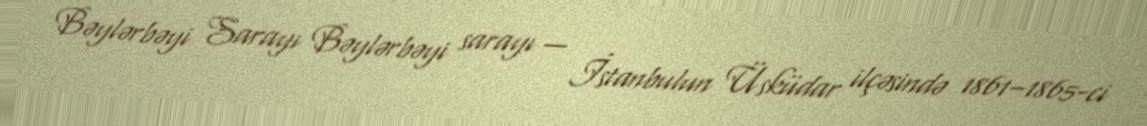
Bəylərbəyi Sarayı Bəylərbəyi sarayı — İstanbulun Üsküdar ilçəsində 1861–1865-ci